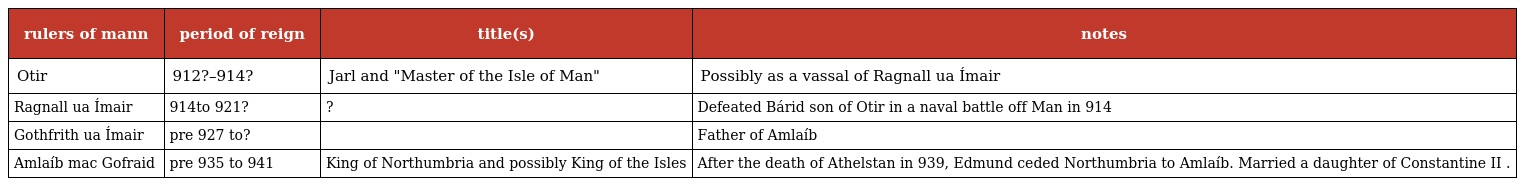
| rulers of mann | period of reign | title(s) | notes |
 | --- | --- | --- | --- |
 | Otir | 912?–914? | Jarl and "Master of the Isle of Man" | Possibly as a vassal of Ragnall ua Ímair |
 | Ragnall ua Ímair | 914to 921? | ? | Defeated Bárid son of Otir in a naval battle off Man in 914 |
 | Gothfrith ua Ímair | pre 927 to? |  | Father of Amlaíb |
 | Amlaíb mac Gofraid | pre 935 to 941 | King of Northumbria and possibly King of the Isles | After the death of Athelstan in 939, Edmund ceded Northumbria to Amlaíb. Married a daughter of Constantine II . |